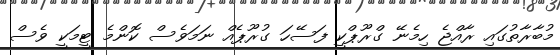
މުބާރާތުގައި ރާއްޖެ ހިމެނޭ ގްރޫޕްކީ ފަސޭހަ ގުރޫޕެއް ނަމަވެސް ކޮންމެ ޓީމަކީ ވެސް